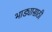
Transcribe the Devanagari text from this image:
भाड्यासाठी